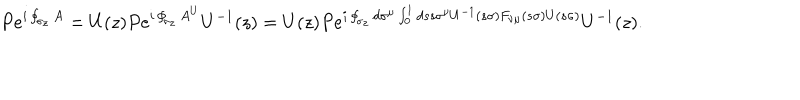
LaTeX: P e ^ { i \oint _ { \sigma _ { z } } A } = U ( z ) P e ^ { i \oint _ { \sigma _ { z } } A ^ { U } } U ^ { - 1 } ( z ) = U ( z ) P e ^ { i \oint _ { \sigma _ { z } } d \sigma ^ { \mu } \int _ { 0 } ^ { 1 } d s s \sigma ^ { \nu } U ^ { - 1 } ( s \sigma ) F _ { \nu \mu } ( s \sigma ) U ( s \sigma ) } U ^ { - 1 } ( z ) .